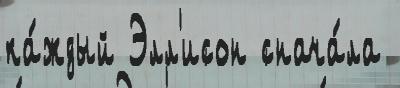
ка́ждый Элл'исон снача́ла